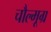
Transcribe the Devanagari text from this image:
चौल्मूग्र